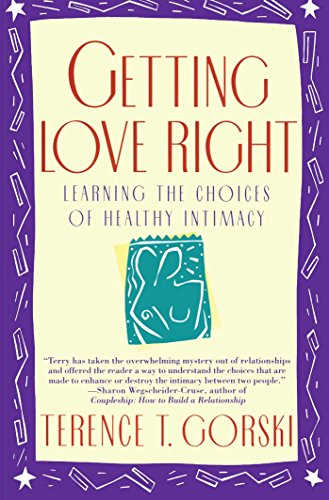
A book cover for Getting Love Right: Learning the Choices of Healthy Intimacy (A Fireside/Parkside Recovery Book); Terence T. Gorski; Self-Help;